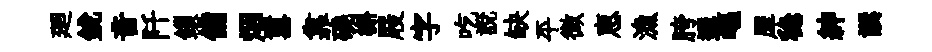
廻銳音阡鎻備烟囂靠磽槲屐字吃說缺平微恵漁胯遲嶇犀稳紳譔